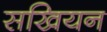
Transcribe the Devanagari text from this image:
सखियन